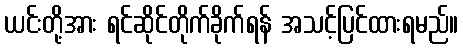
ယင်းတို့အား ရင်ဆိုင်တိုက်ခိုက်ရန် အသင့်ပြင်ထားရမည်။